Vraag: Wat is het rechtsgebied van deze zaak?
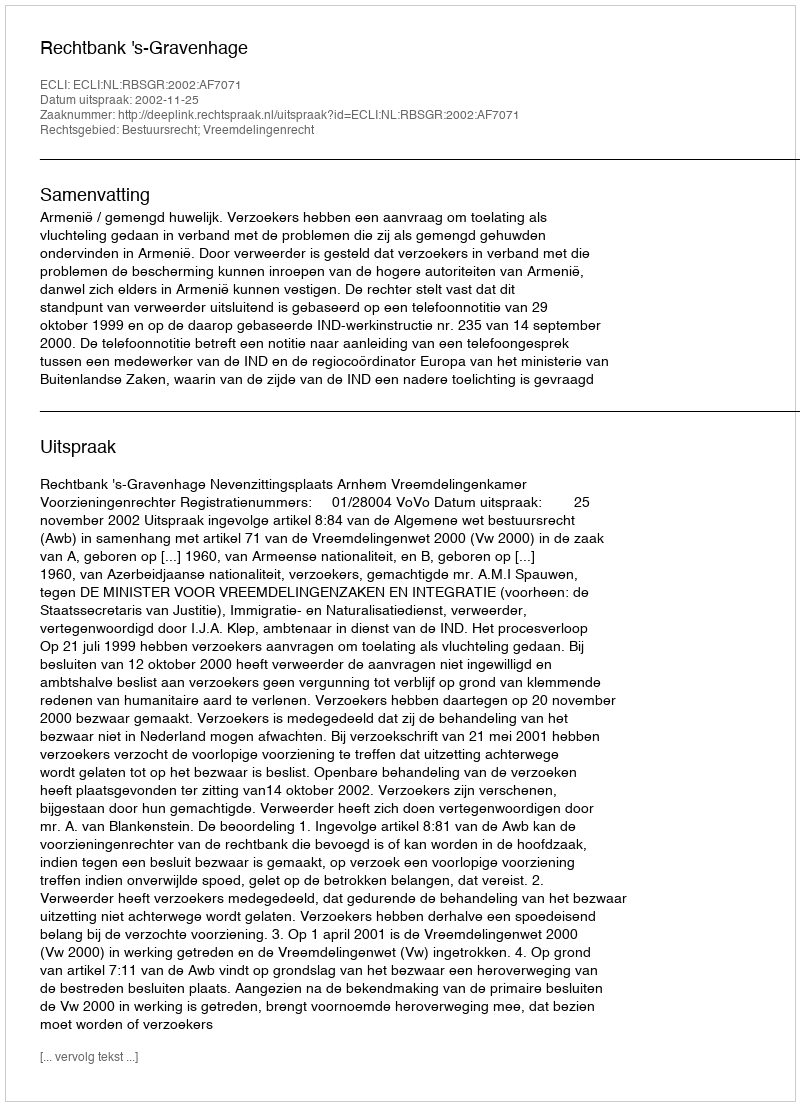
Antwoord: Bestuursrecht; Vreemdelingenrecht